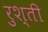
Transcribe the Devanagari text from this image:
रुश्ती